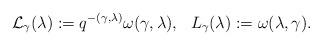
LaTeX: \begin{align*}\mathcal{L}_\gamma(\lambda):=q^{-(\gamma,\lambda)}\omega(\gamma,\lambda),\ \ L_\gamma(\lambda):=\omega(\lambda,\gamma).\end{align*}